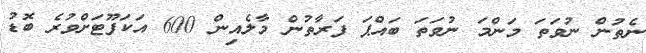
ނެތުން ނުވަތަ މަންމަ ނުވަތަ ބައްޕަ ފަރާތުން މާލެއިން 600 އަކަފޫޓަށްވުރެ ބޮޑު